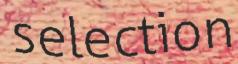
selection